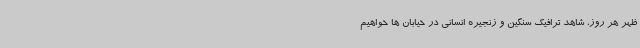
ظهر هر روز، شاهد ترافیک سنگین و زنجیره انسانی در خیابان ها خواهیم